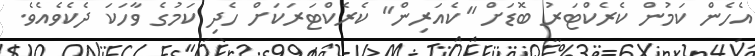
އެހެން ކަމުން ކެރެކްޓަރު ބޮޑަށް "ކެއަރިން" ކެރެކްޓަރަކަށް ހެދި ކަމުގެ ވާހަކަ ދެކެވެއެވެ.